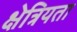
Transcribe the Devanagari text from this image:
क्षेत्रियता